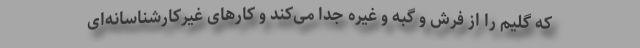
که گلیم را از فرش و گبه و غیره جدا می‌کند و کارهای غیرکارشناسانه‌ای